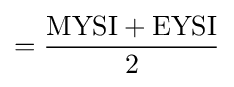
={\frac {{\textrm {MYSI}}+{\textrm {EYSI}}}{2}}